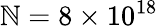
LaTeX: \mathbb{N}=8\times10^{18}